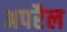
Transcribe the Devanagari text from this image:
अपरैल